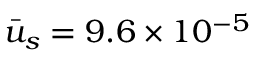
\bar { u } _ { s } = 9 . 6 \times { 1 0 ^ { - 5 } }